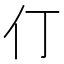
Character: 仃